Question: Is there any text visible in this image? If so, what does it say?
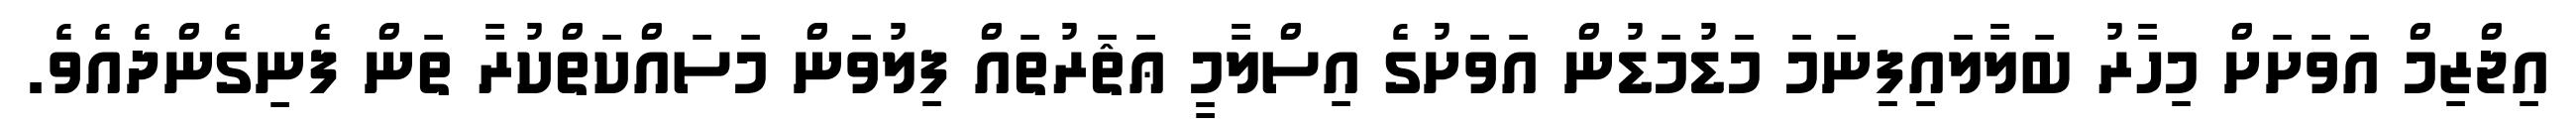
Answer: އިޖްޒިމް އަވަށަށް މިހާރު ބަލާލައިފިނަމަ މަޑުމަޑުން އަވަށުގެ އިސްލާމީ ޢަޘަރުތައް ފިލުވަން މަސައްކަތްކުރާ ތަން ފެނިގެންދެއެވެ.